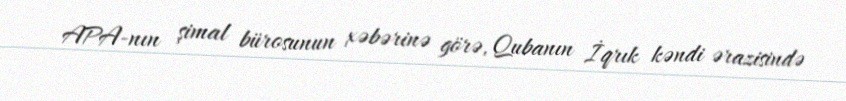
APA-nın şimal bürosunun xəbərinə görə, Qubanın İqrık kəndi ərazisində